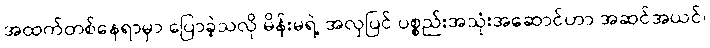
အထက်တစ်နေရာမှာ ပြောခဲ့သလို မိန်းမရဲ့ အလှပြင် ပစ္စည်းအသုံးအဆောင်ဟာ အဆင်အယင်၊